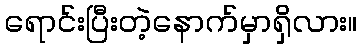
ရောင်းပြီးတဲ့နောက်မှာရှိလား။